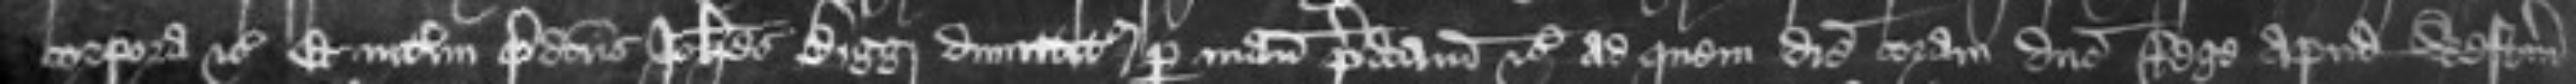
corpora etc Et interim predictus Johannes Bigg dimittitur per manum predictam etc ad quem diem coram domino Rege apud Westmonasterium